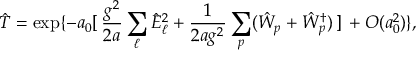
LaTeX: \hat { T } = \exp \{ - a _ { 0 } [ \, \frac { g ^ { 2 } } { 2 a } \sum _ { \ell } \hat { E } _ { \ell } ^ { 2 } + \frac { 1 } { 2 a g ^ { 2 } } \sum _ { p } ( \hat { W } _ { p } + \hat { W } _ { p } ^ { \dagger } ) \, ] \, + O ( a _ { 0 } ^ { 2 } ) \} ,